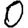
Digit: 0